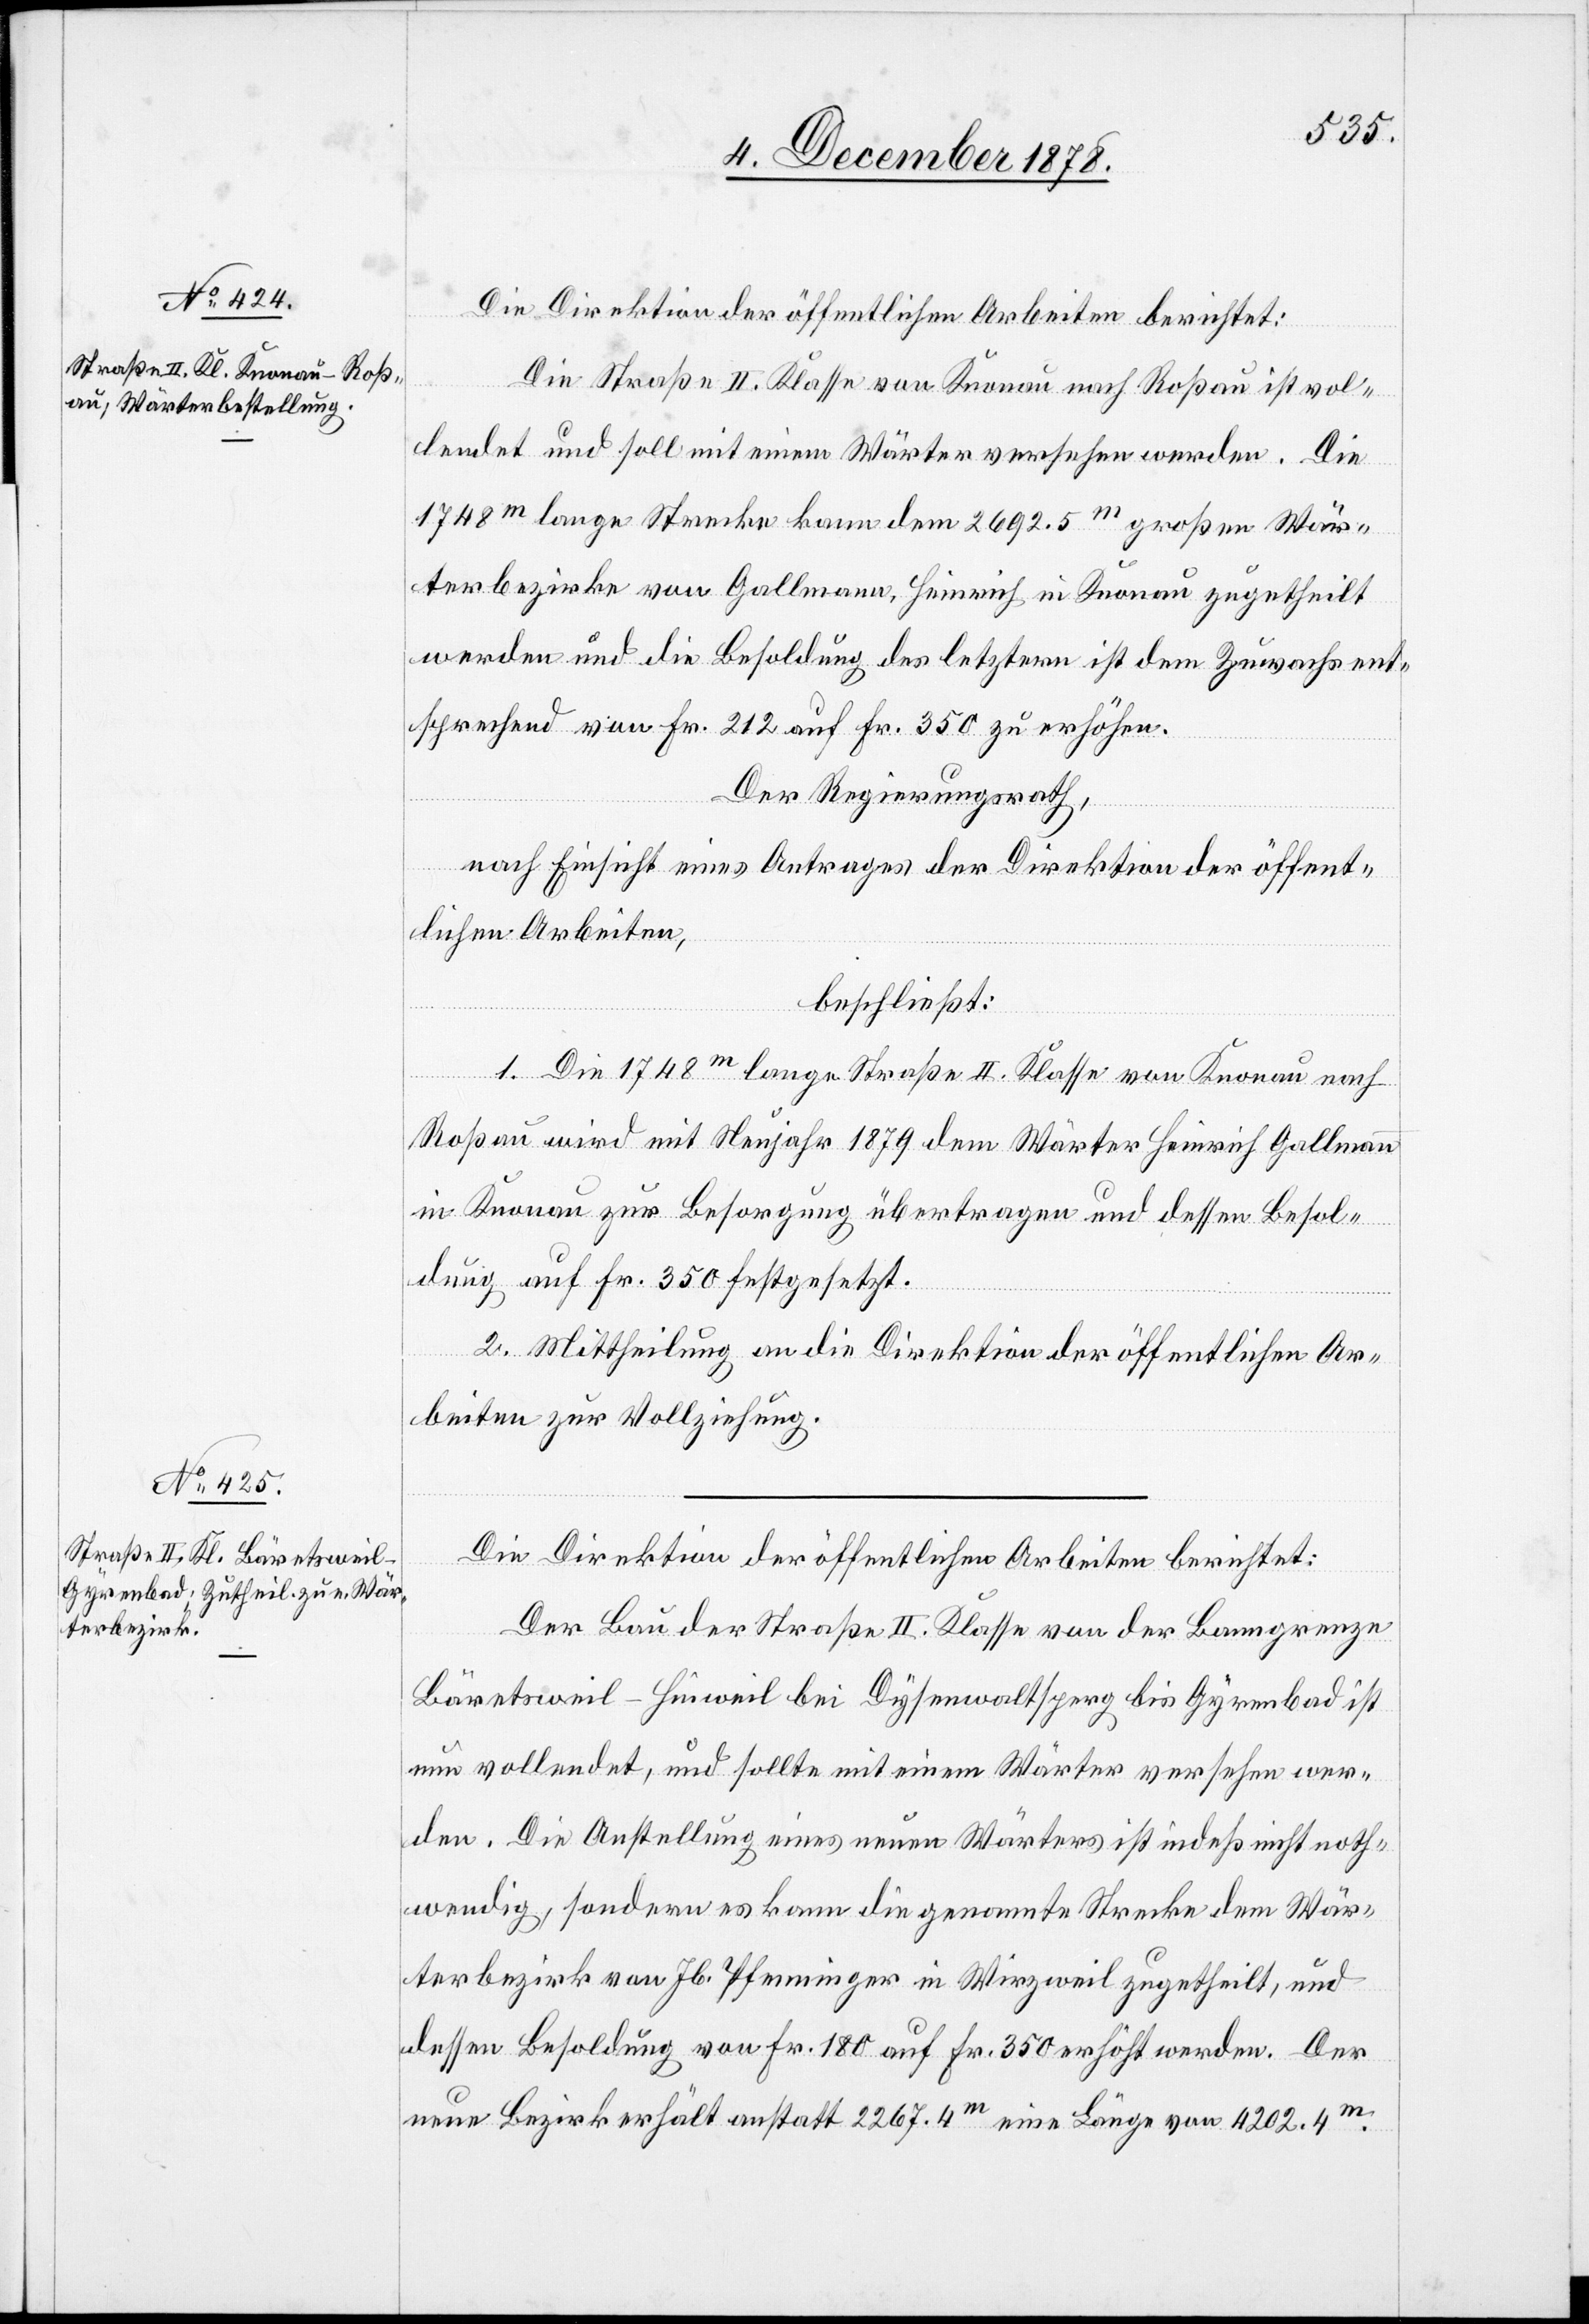
Die Direktion der öffentlichen Arbeiten berichtet:
Die Straße II. Klasse von Knonau nach Roßau ist vol¬
lendet und soll mit einem Wärter versehen werden. Die
1748m lange Strecke kann dem 2692.5m großen Wär¬
terbezirke von Gallmann, Heinrich, in Knonau zugetheilt
werden und die Besoldung des letztern ist dem Zuwachs ent¬
sprechend von Fr. 212 auf Fr. 350 zu erhöhen.
Der Regierungsrath,
nach Einsicht eines Antrages der Direktion der öffent¬
lichen Arbeiten,
beschließt:
1. Die 1748m lange Straße II. Klasse von Knonau nach
Roßau wird mit Neujahr 1879 dem Wärter Heinrich Gallmann
in Knonau zur Besorgung übertragen und dessen Besol¬
dung auf Fr. 350 festgesetzt.
2. Mittheilung an die Direktion der öffentlichen Ar¬
beiten zur Vollziehung.
Die Direktion der öffentlichen Arbeiten berichtet:
Der Bau der Straße II. Klasse von der Banngrenze
Bäretsweil–Hinweil bei Dysenwaltsperg bis Gyrenbad ist
nun vollendet, und sollte mit einem Wärter versehen wer¬
den. Die Anstellung eines neuen Wärters ist indeß nicht noth¬
wendig, sondern es kann die genannte Strecke dem Wär¬
terbezirk von Jb. Pfenninger in Wirzweil zugetheilt, und
dessen Besoldung von Fr. 180 auf Fr. 350 erhöht werden. Der
neue Bezirk erhält anstatt 2267.4m eine Länge von 4202.4m.